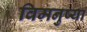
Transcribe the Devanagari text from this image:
विमनुष्या